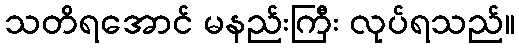
သတိရအောင် မနည်းကြီး လုပ်ရသည်။